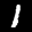
Label: 1